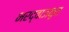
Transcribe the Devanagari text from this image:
भरद्वाजकृत